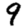
Digit: 9